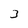
Character: 3